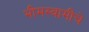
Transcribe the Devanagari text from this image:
भीमस्वामींचे